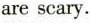
are scary.